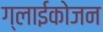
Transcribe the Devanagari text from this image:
ग्लाईकोजन